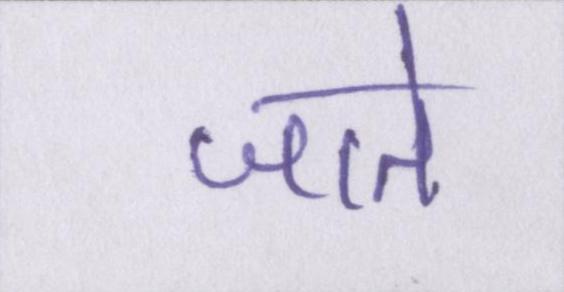
जाते